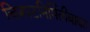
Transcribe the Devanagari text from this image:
चित्रपटनिर्मितीबाबत